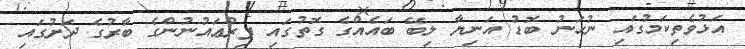
އަޅުވެތިކަމުގައި ނުހަނު ބޮޑު އަނިޔާ ލިބޭ ބައެއްގެ ގޮތުގައި ފިރްޢައުނުންގެ ބާރުގެ ދަށުގައި